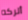
أتركه